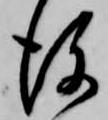
後